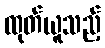
ထုတ်ယူသည့်